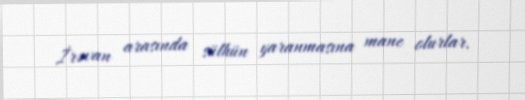
İrəvan arasında sülhün yaranmasına mane olurlar.